Enquiry on enteric fever in India - Number 32
Disease focus: Fever
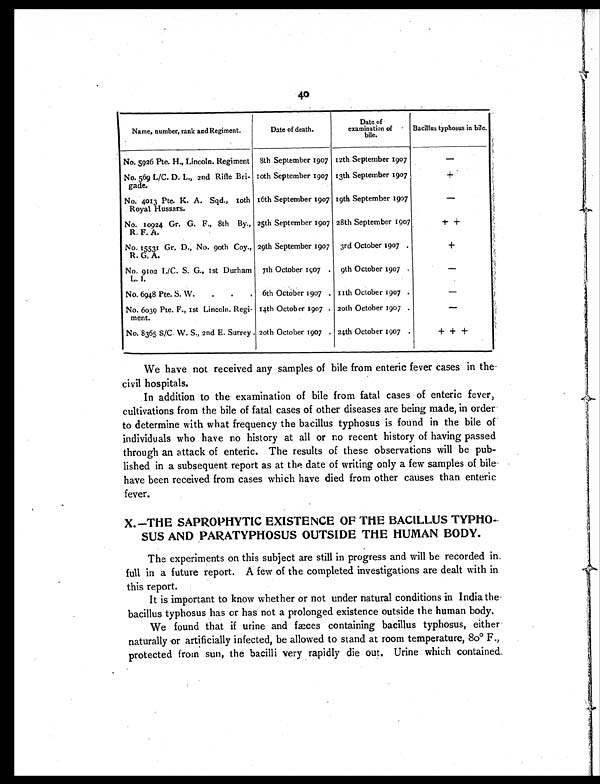
40
Name, number, rank and Regiment.
Date of death.
Date of
examination of
bile.
Bacillus typhosus in bile.
No. 5926 Pte. H., Lincoln. Regiment 8th September 1907 12th September 1907
—
No. 569 L/C. D. L., 2nd Rifle Bri-
gade.
10th September 1907 13th September 1907
+
No. 4013 Pte. K. A. Sqd., 10th
Royal Hussars.
16th September 1907 19th September 1907
—
No. 10924 Gr. G. F., 8th By.,
R. F. A.
25th September 1907 28th September 1907
+ +
No. 15531 Gr. D., No. 90th Coy.,
R. G. A.
29th September 1907 3rd October 1907 .
+
No. 9102 L/C. S. G., 1st Durham
L. I.
7th October 1907 . 9th October 1907 .
—
No. 6948 Pte. S. W.
.
.
. 6th October 1907 . 11th October 1907 .
—
No. 6039 Pte. F., 1st Lincoln. Regi-
ment.
14th October 1907 . 20th October 1907 .
—
No. 8365 S/C. W. S., 2nd E. Surrey . 20th October 1907 . 24th October 1907 .
+
+ +
We have not received any samples of bile from enteric fever cases in the
civil hospitals.
In addition to the examination of bile from fatal cases of enteric fever,
cultivations from the bile of fatal cases of other diseases are being made, in order
to determine with what frequency the bacillus typhosus is found in the bile of
individuals who have no history at all or no recent history of having passed
through an attack of enteric. The results of these observations will be pub-
lished in a subsequent report as at the date of writing only a few samples of bile
have been received from cases which have died from other causes than enteric
fever.
X.—THE SAPROPHYTIC EXISTENCE OF THE BACILLUS TYPHO-
SUS AND PARATYPHOSUS OUTSIDE THE HUMAN BODY.
The experiments on this subject are still in progress and will be recorded in
full in a future report. A few of the completed investigations are dealt with in
this report.
It is important to know whether or not under natural conditions in India the
bacillus typhosus has or has not a prolonged existence outside the human body.
We found that if urine and fæces containing bacillus typhosus, either
naturally or artificially infected, be allowed to stand at room temperature, 80° F.,
protected from sun, the bacilli very rapidly die out. Urine which contained.